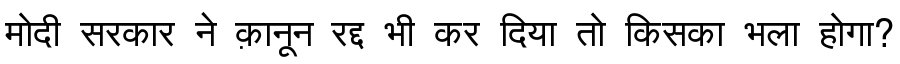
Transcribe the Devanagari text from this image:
मोदी सरकार ने क़ानून रद्द भी कर दिया तो किसका भला होगा?